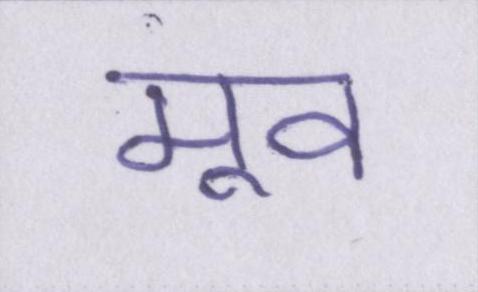
मूव